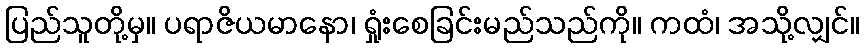
ပြည်သူတို့မှ။ ပရာဇိယမာနော၊ ရှုံးစေခြင်းမည်သည်ကို။ ကထံ၊ အသို့လျှင်။